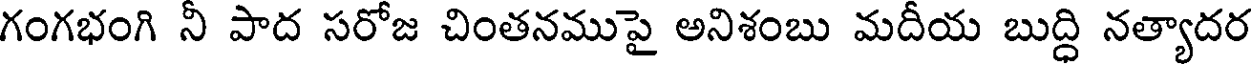
గంగభంగి నీ పాద సరోజ చింతనముపై అనిశంబు మదీయ బుద్ధి నత్యాదర